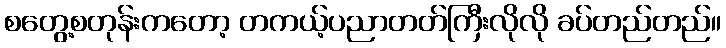
စတွေ့စတုန်းကတော့ တကယ့်ပညာတတ်ကြီးလိုလို ခပ်တည်တည်။